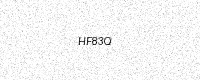
Text: HF83Q